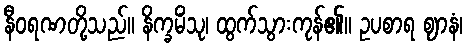
နီဝရဏတို့သည်။ နိက္ခမိံသု၊ ထွက်သွားကုန်၏။ ဥပစာရ ဈာနံ၊